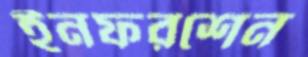
ইনফরশেন